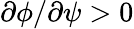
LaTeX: \partial\phi/\partial\psi>0